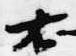
右